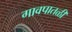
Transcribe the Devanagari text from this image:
गावपातळी